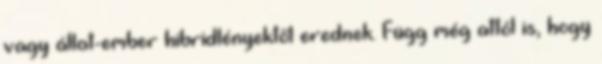
vagy állat-ember hibridlényektől erednek. Függ még attól is, hogy